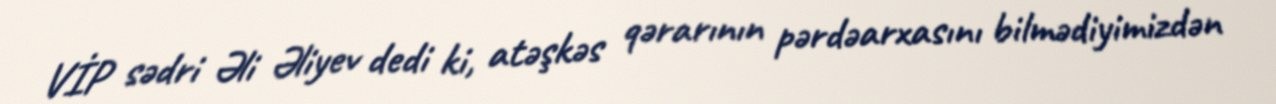
VİP sədri Əli Əliyev dedi ki, atəşkəs qərarının pərdəarxasını bilmədiyimizdən